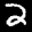
Label: 2